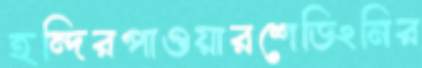
হন্দিরপাওয়ারশেডিংনির